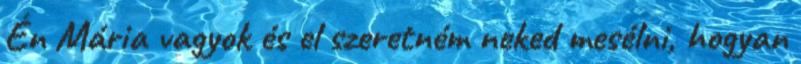
Én Mária vagyok és el szeretném neked mesélni, hogyan